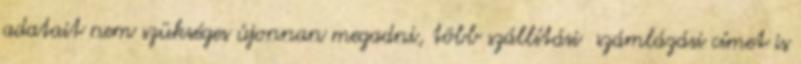
adatait nem szükséges újonnan megadni, több szállítási számlázási címet is